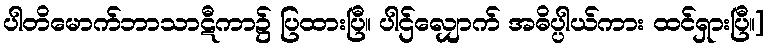
ပါတိမောက်ဘာသာဋီကာ၌ ပြထားပြီ။ ပါဌ်လျှောက် အဓိပ္ပါယ်ကား ထင်ရှားပြီ။]